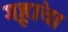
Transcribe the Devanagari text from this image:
गृहांचा